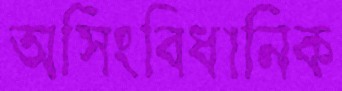
অসিংবিধানিক